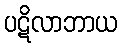
ပဋိလာဘာယ